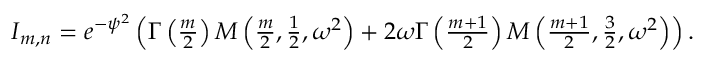
\begin{array} { r } { I _ { m , n } = e ^ { - \psi ^ { 2 } } \left( \Gamma \left( \frac { m } { 2 } \right) M \left( \frac { m } { 2 } , \frac { 1 } { 2 } , \omega ^ { 2 } \right) + 2 \omega \Gamma \left( \frac { m + 1 } { 2 } \right) M \left( \frac { m + 1 } { 2 } , \frac { 3 } { 2 } , \omega ^ { 2 } \right) \right) . } \end{array}